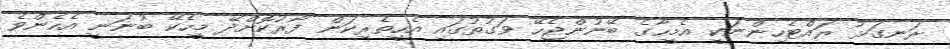
ރަނގަޅު ރައްޓެހިންނަކީ އެމީހާގެ ބޭނުންޖެހޭ ވަގުތުގައި އެހީތެރިކަން ފޯރުކޮށްދޭ މީހެކޭ ބުނަނީ އެހެންވެ